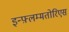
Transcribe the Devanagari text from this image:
इन्फ़्लम्मतोरिएस